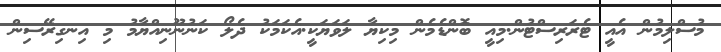
މުސްލިމުން އެއީ ޓެރަރިސްޓުން.މިއީ ބޮންޑެމެން މިކިޔާ ލަވަޔަކީ.އެކަމަކު ދެލޯ ކަނުނޫނިއްޔާމު މި އިނގިރޭސިން